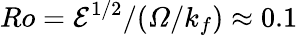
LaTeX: Ro={\cal E}^{1/2}/(\mathit{\Omega}/k_{f})\approx 0.1